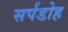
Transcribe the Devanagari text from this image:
सर्पडोह